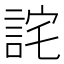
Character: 詫